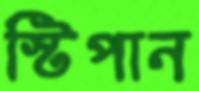
স্টিপান